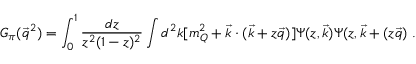
G _ { \pi } ( \vec { q } ^ { 2 } ) = \int _ { 0 } ^ { 1 } \frac { d z } { z ^ { 2 } ( 1 - z ) ^ { 2 } } \int d ^ { 2 } k [ m _ { Q } ^ { 2 } + \vec { k } \cdot ( \vec { k } + z \vec { q } ) ] \Psi ( z , \vec { k } ) \Psi ( z , \vec { k } + ( z \vec { q } ) \; .